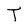
Character: T